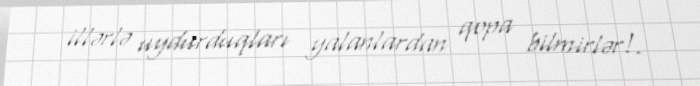
illərlə uydurduqları yalanlardan qopa bilmirlər!.